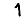
Digit: 1